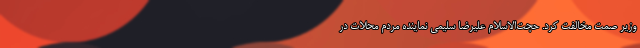
وزیر صمت مخالفت کرد. حجت‌الاسلام علیرضا سلیمی نماینده مردم محلات در